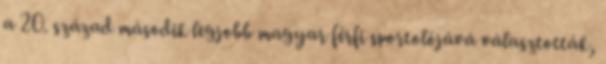
a 20. század második legjobb magyar férfi sportolójává választották,